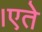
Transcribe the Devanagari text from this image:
।एते